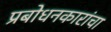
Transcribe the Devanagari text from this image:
प्रबोधनकारांचा